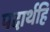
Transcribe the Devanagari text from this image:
पदार्थहि